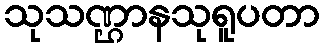
သုသဏ္ဌာနသုရူပတာ